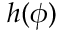
h ( \phi )